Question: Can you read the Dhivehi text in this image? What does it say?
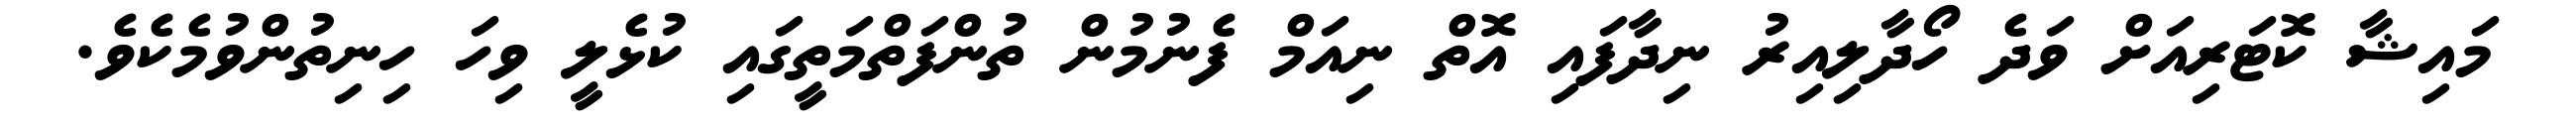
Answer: މައިޝާ ކޮޓަރިއަށް ވަދެ ހޯދާލިއިރު ނިދާފައި އޮތް ނިއަމް ފެނުމުން ތުންފަތްމަތީގައި ކުޅެލީ ވިހަ ހިނިތުންވުމެކެވެ.